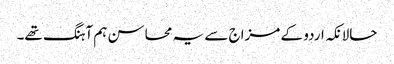
حالانکہ اردو کے مزاج سے یہ محاسن ہم آہنگ تھے۔